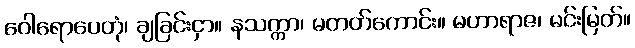
ဝေါရောပေတုံ၊ ချခြင်းငှာ။ နသက္ကာ၊ မတတ်ကောင်း။ မဟာရာဇ၊ မင်းမြတ်။